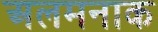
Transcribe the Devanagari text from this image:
अलमनाक